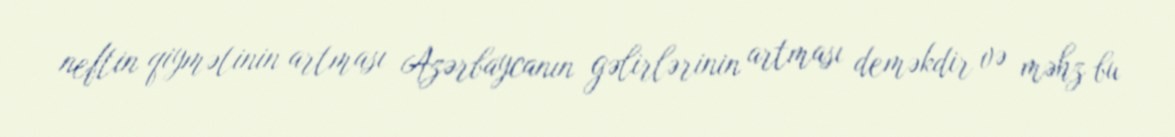
neftin qiymətinin artması Azərbaycanın gəlirlərinin artması deməkdir və məhz bu